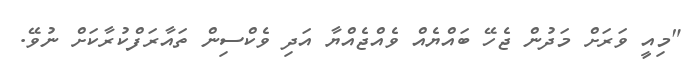
"މިއީ ވަރަށް މަދުން ޖެހޭ ބައްޔެއް ވެއްޖެއްޔާ އަދި ވެކްސިން ތައާރަފްކުރާކަށް ނުވޭ.